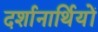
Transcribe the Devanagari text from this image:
दर्शानार्थियों